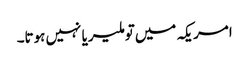
امریکہ میں‌تو ملیریا نہیں ہوتا۔